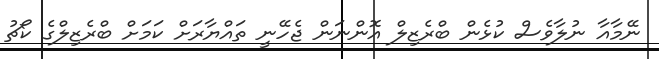
ނޭމާއާ ނުލާވެސް ކުޅެން ބްރެޒިލް އޮންނަން ޖެހޭނީ ތައްޔާރަށް ކަމަށް ބްރެޒިލްގެ ކޯޗު